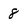
Character: 8